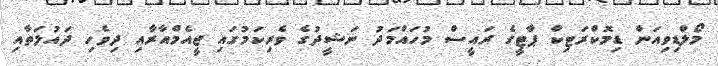
މޯލްޑިވިއަން ޑިމޮކްރަޓިކް ޕާޓީގެ ރައީސް މުހައްމަދު ނަޝީދުގެ ވެރިކަމުގައި ޖީއެމްއާރާއި ދިވެހި ދައުލަތާއި